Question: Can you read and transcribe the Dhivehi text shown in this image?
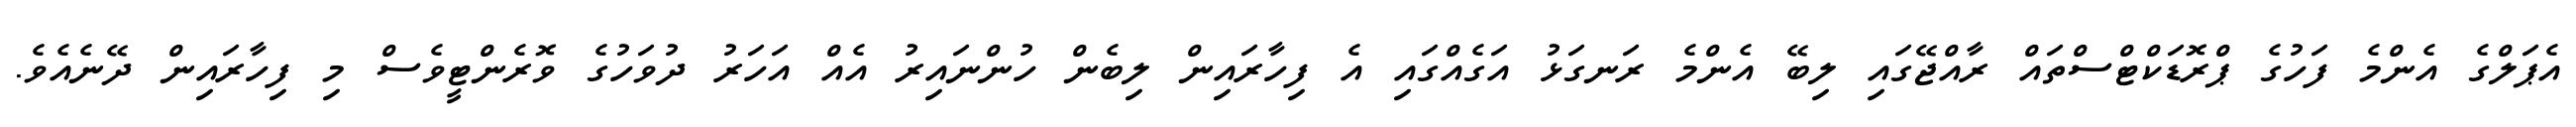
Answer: އެޕަލްގެ އެންމެ ފަހުގެ ޕްރޮޑަކްޓްސްތައް ރާއްޖޭގައި ލިބޭ އެންމެ ރަނގަޅު އަގެއްގައި އެ ފިހާރައިން ލިބެން ހުންނައިރު އެއް އަހަރު ދުވަހުގެ ވޮރެންޓީވެސް މި ފިހާރައިން ދޭނެއެވެ.